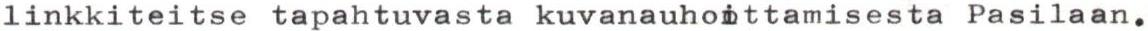
linkkiteitse tapahtuvasta kuvanauhoittamisesta Pasilaan.